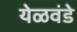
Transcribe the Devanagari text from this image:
येळवंडे